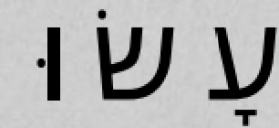
עָשׂוּ